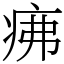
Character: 疿